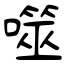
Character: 噬